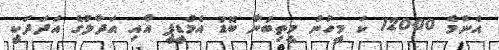
އެންމެ 12000 ކަ މީހުން މީތިބުނާ ބޮޑު އެމްޑީޕީ އާއި އަދާލަުގެ އަދަދަކީ